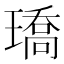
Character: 𤩝